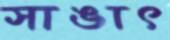
সাঙাৎ